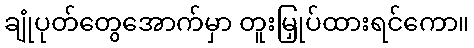
ချုံပုတ်တွေအောက်မှာ တူးမြှုပ်ထားရင်ကော။